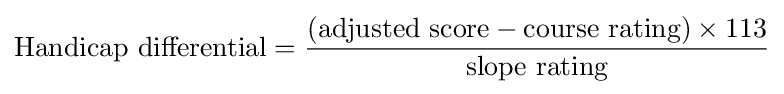
{\mbox{Handicap differential}}={\frac {({\mbox{adjusted score}}-{\mbox{course rating}})\times {\mbox{113}}}{\mbox{slope rating}}}